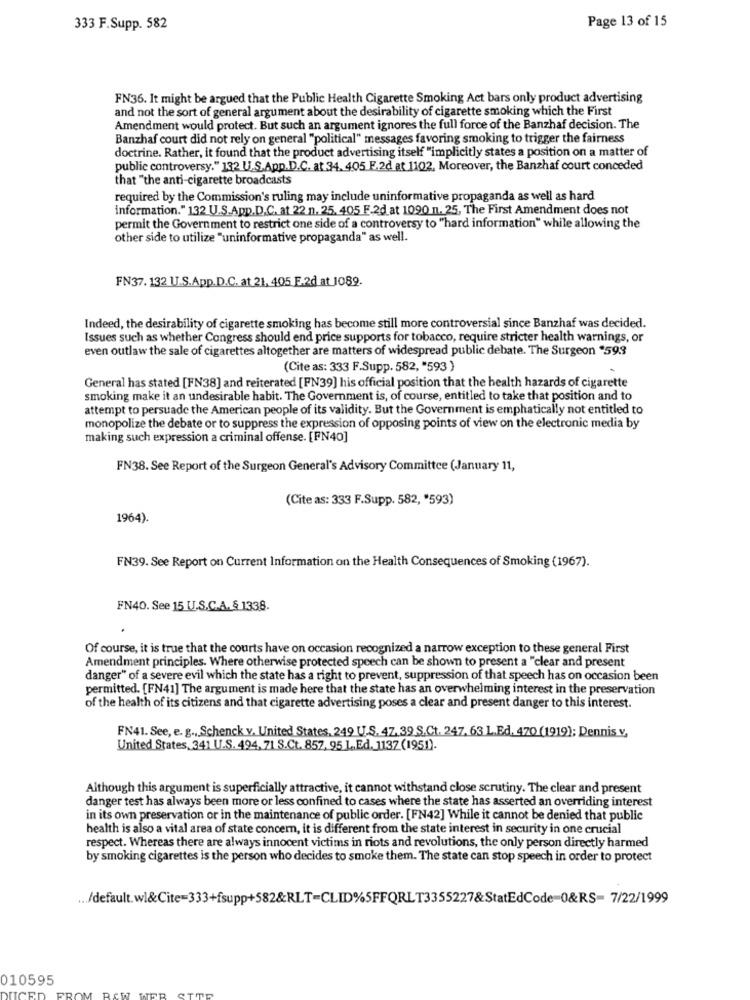
Page 13 of 15
333 F.Supp. 582
FN36. It might be argued that the Public Health Cigarette Smoking Act bars only product advertising
and not the sort of general argument about the desirability of cigarette smoking which the First
Amendment would protect. But such an argument ignores the full force of the Banzhaf decision. The
Banzhaf court did not rely on general "political" messages favoring smoking to trigger the fairness
doctrine. Rather, it found that the product advertising itself "implicitly states a position on a matter of
public controversy." 132 U.S.App.D.C. at 34. 405 F.2d at 1102. Moreover, the Banzhaf court conceded
that "the anti-cigarette broadcasts
required by the Commission's ruling may include uninformative propaganda as well as hard
information." 132 U.S.App.D.C. at 22 n. 25. 405 F.2d at 1090 n. 25, The First Amendment does not
permit the Government to restrict one side of a controversy to "hard information" while allowing the
other side to utilize "uninformative propaganda" as well.
FN37. 132 U.S.App.D.C. at 21, 405 F.2d at 1089.
Indeed, the desirability of cigarette smoking has become still more controversial since Banzhaf was decided.
Issues such as whether Congress should end price supports for tobacco, require stricter health warnings, or
even outlaw the sale of cigarettes altogether are matters of widespread public debate. The Surgeon "59.3
(Cite as: 333 F.Supp. 582, "593 )
General has stated [FN38] and reiterated [FN39] his official position that the health hazards of cigarette
smoking make it an undesirable habit. The Government is, of course, entitled to take that position and to
attempt to persuade the American people of its validity. But the Government is emphatically not entitled to
monopolize the debate or to suppress the expression of opposing points of view on the electronic media by
making such expression a criminal offense. [FN40]
FN38. See Report of the Surgeon General's Advisory Committee (January 11,
(Cite as: 333 F.Supp. 582, '593)
1964).
FN39. See Report on Current Information on the Health Consequences of Smoking (1967).
FN40. See 15 U.S.C.A. & 1338.
Of course, it is true that the courts have on occasion recognized a narrow exception to these general First
Amendment principles. Where otherwise protected speech can be shown to present a "clear and present
danger" of a severe evil which the state has a right to prevent, suppression of that speech has on occasion been
permitted. [FN41] The argument is made here that the state has an overwhelming interest in the preservation
of the health of its citizens and that cigarette advertising poses a clear and present danger to this interest.
FN41. See, e. g ., Schenck v. United States, 249 U.S, 47,39 S.Ct. 247. 63 L.Ed. 470 (1919); Dennis v,
United States, 341 U.S. 494, 71 S.Ct. 857. 95 L ., Ed. 1137 (1951).
Although this argument is superficially attractive, it cannot withstand close scrutiny. The clear and present
danger test has always been more or less confined to cases where the state has asserted an overriding interest
in its own preservation or in the maintenance of public order. [FN42] While it cannot be denied that public
health is also a vital area of state concern, it is different from the state interest in security in one crucial
respect. Whereas there are always innocent victims in riots and revolutions, the only person directly harmed
by smoking cigarettes is the person who decides to smoke them. The state can stop speech in order to protect
... /default.wl&Cite=333+fsupp+582&RLT=CLID%5FFQRLT3355227&StatEdCode=0&RS= 7/22/1999
010595
UCE